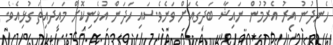
ހެނދުނު އިރު އެރުމުން ނައިޝާ ބަދިގެއަށް ވަނެވެ.ސައި ހަދަން އުޅެނިކޮށް މައިދައިތަ ގުޅިއެވެ.